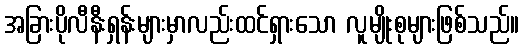
အခြားပိုလီနီးရှန်းများမှာလည်းထင်ရှားသော လူမျိုးစုများဖြစ်သည်။